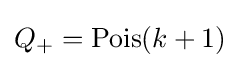
Q_{+}=\operatorname {Pois} (k+1)